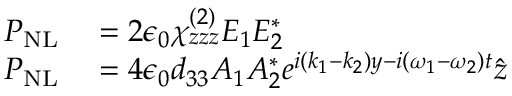
\begin{array} { r l } { P _ { \mathrm { N L } } } & { { } = 2 \epsilon _ { 0 } \chi _ { z z z } ^ { ( 2 ) } E _ { 1 } E _ { 2 } ^ { * } } \\ { P _ { \mathrm { N L } } } & { { } = 4 \epsilon _ { 0 } d _ { 3 3 } A _ { 1 } A _ { 2 } ^ { * } e ^ { i ( k _ { 1 } - k _ { 2 } ) y - i ( \omega _ { 1 } - \omega _ { 2 } ) t } \hat { z } } \end{array}